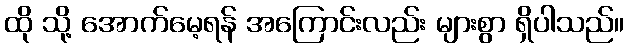
ထို သို့ အောက်မေ့ရန် အကြောင်းလည်း များစွာ ရှိပါသည်။